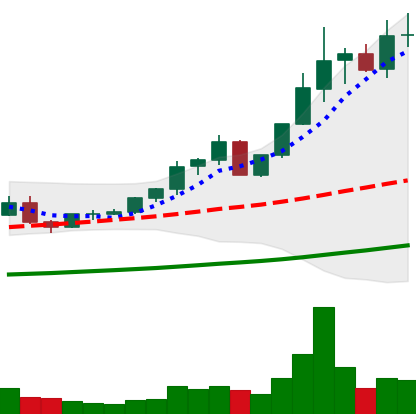
Ticker: ETC-USD
Chart end date: 2021-04-11
Forward return: 88.598%
Label: up_7plus